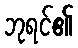
ဘုရင်၏